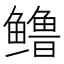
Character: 𬶳